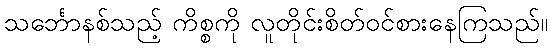
သင်္ဘောနစ်သည့် ကိစ္စကို လူတိုင်းစိတ်ဝင်စားနေကြသည်။